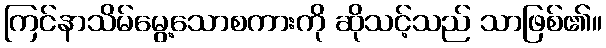
ကြင်နာသိမ်မွေ့သောစကားကို ဆိုသင့်သည် သာဖြစ်၏။